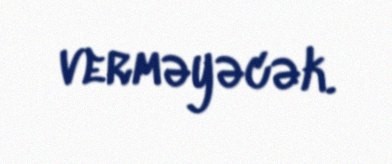
verməyəcək.